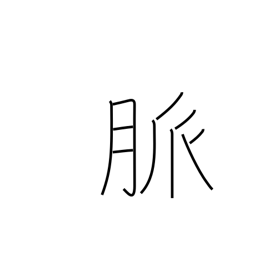
Meaning: pulse